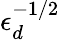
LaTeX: \epsilon_{d}^{-1/2}